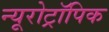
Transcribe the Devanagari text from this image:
न्यूरोट्रॉपिक